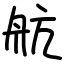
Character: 航